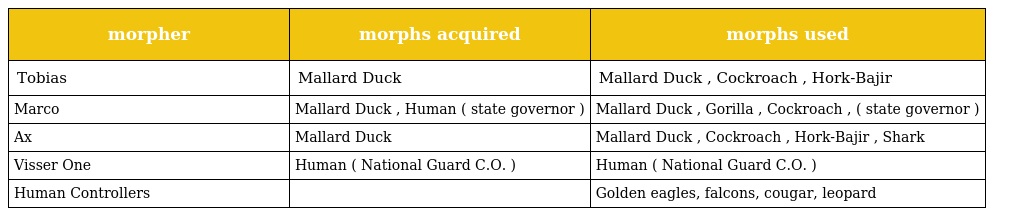
| morpher | morphs acquired | morphs used |
 | --- | --- | --- |
 | Tobias | Mallard Duck | Mallard Duck , Cockroach , Hork-Bajir |
 | Marco | Mallard Duck , Human ( state governor ) | Mallard Duck , Gorilla , Cockroach , ( state governor ) |
 | Ax | Mallard Duck | Mallard Duck , Cockroach , Hork-Bajir , Shark |
 | Visser One | Human ( National Guard C.O. ) | Human ( National Guard C.O. ) |
 | Human Controllers |  | Golden eagles, falcons, cougar, leopard |